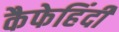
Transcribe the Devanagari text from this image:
कैफेहिंदी